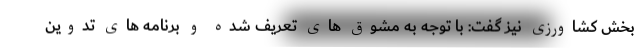
بخش کشاورزی نیز گفت: با توجه به مشوق های تعریف شده و برنامه های تدوین